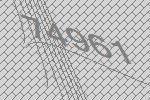
74961